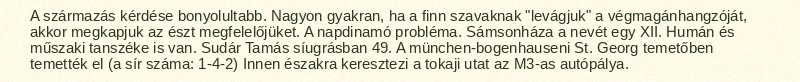
A származás kérdése bonyolultabb. Nagyon gyakran, ha a finn szavaknak "levágjuk" a végmagánhangzóját, akkor megkapjuk az észt megfelelőjüket. A napdinamó probléma. Sámsonháza a nevét egy XII. Humán és műszaki tanszéke is van. Sudár Tamás síugrásban 49. A münchen-bogenhauseni St. Georg temetőben temették el (a sír száma: 1-4-2) Innen északra keresztezi a tokaji utat az M3-as autópálya.